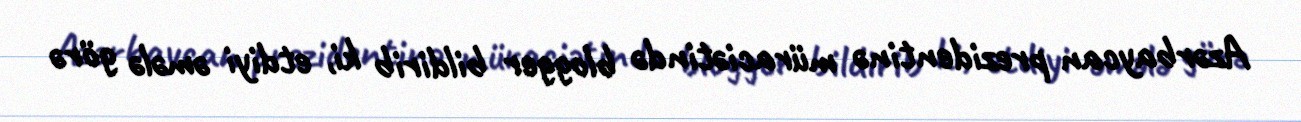
Azərbaycan prezidentinə müraciətində blogger bildirib ki, etdiyi əmələ görə